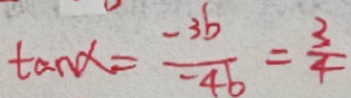
\tan \alpha = \frac { - 3 b } { - 4 b } = \frac { 3 } { 4 }